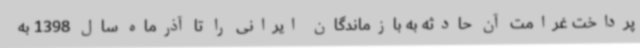
پرداخت غرامت آن حادثه به بازماندگان ایرانی را تا آذرماه سال 1398 به